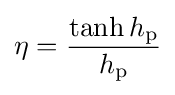
\eta ={\frac {\tanh h_{\rm {p}}}{h_{\rm {p}}}}